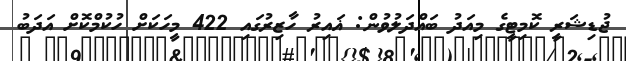
ޖުޑިޝަރީ ކޮމިޓީގެ މިއަދު ބައްދަލުވުން: ޣައިރު ހާޒިރުގައި 422 މީހަކަށް ހުކުމްކޮށް އަދަބު